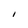
Character: I